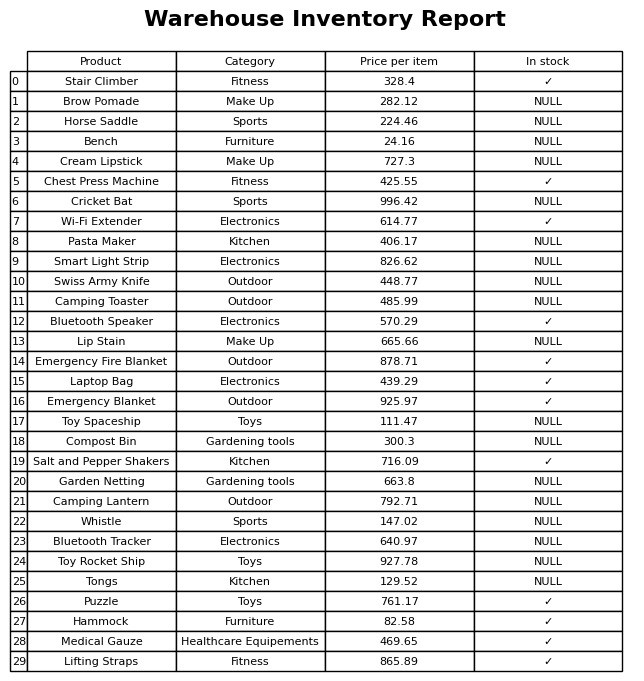
question: What is the stock status of the Horse Saddle?
answer: NULL